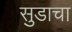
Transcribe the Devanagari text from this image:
सुडाचा